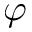
\varphi